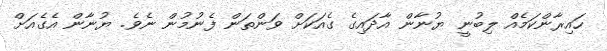
ހައިރާންކަމެެއް ލިބުނީ ޔުނާން އާދައިގެ ގެއަކަށް ވަންތަން ފެނުމުން ނެވެ. ޔުނާން އެގެއަށް